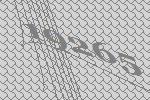
19265